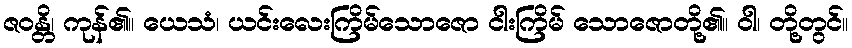
ဇဝန္တိ၊ ကုန်၏။ ယေသံ၊ ယင်းလေးကြိမ်သောဇော ငါးကြိမ် သောဇောတို့၏။ ဝါ၊ တို့တွင်။